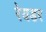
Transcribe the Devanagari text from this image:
रेयडर